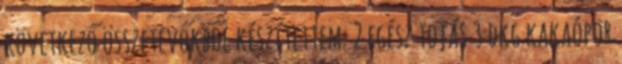
következő összetevőkből készítettem: 2 egész tojás 3 dkg kakaópor